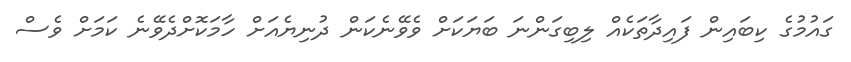
ގައުމުގެ ކިބައިން ފައިދާތަކެއް ލިބިގަންނަ ބަޔަކަށް ވެވޭނެކަން ދުނިޔެއަށް ހާމަކޮށްދެވޭނެ ކަމަށް ވެސް